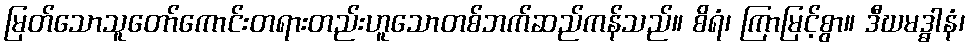
မြတ်သောသူတော်ကောင်းတရားတည်းဟူသောတစ်ဘက်ဆည်ကန်သည်။ စိရံ၊ ကြာမြင့်စွာ။ ဒီဃမဒ္ဓါနံ၊